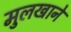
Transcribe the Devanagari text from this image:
मुलखाने